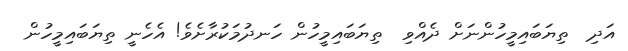
އަދި  ތިޔަބައިމީހުންނަށް ދެއްވި  ތިޔަބައިމީހުން ހަނދުމަކުރާށެވެ! އެހެނީ ތިޔަބައިމީހުން